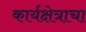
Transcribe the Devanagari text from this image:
कार्यक्षेत्राचा